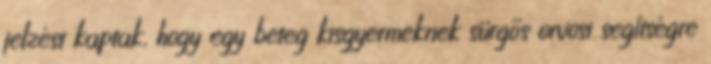
jelzést kaptak, hogy egy beteg kisgyermeknek sürgős orvosi segítségre